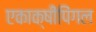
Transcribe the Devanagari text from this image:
एकाक्षीपिंगल